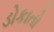
ડોકાતો